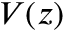
V ( z )